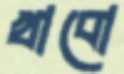
খাবো